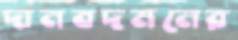
দানবদমনের